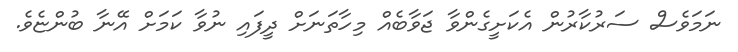
ނަމަވެސް ސަރުކާރުން އެކަށީގެންވާ ޖަވާބެއް މިހާތަނަށް ދީފައި ނުވާ ކަމަށް އޭނާ ބުންޏެވެ.